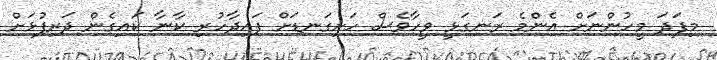
މިފަދަ މީހުންނަށް އެންމެ ރަނގަޅީ ވީހާވެސް ހަށިގަނޑަށް ފައިދާހުރި ކާނާ ކައިގެން ދަރިފުޅަށް